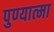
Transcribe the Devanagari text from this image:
पुण्‍यात्‍मा